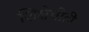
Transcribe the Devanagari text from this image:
शिक्षेचीही